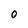
Character: O